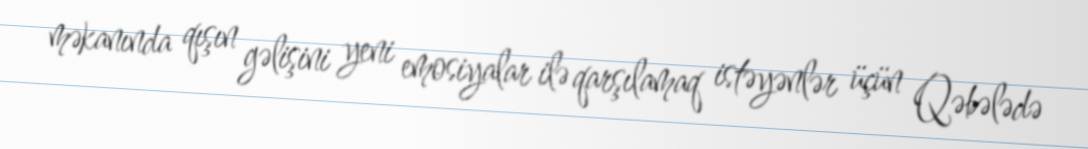
məkanında qışın gəlişini yeni emosiyalar ilə qarşılamaq istəyənlər üçün Qəbələdə